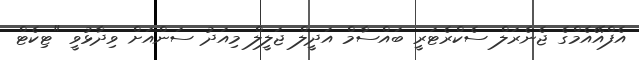
އެފްއޭއެމްގެ ޖެނެރަލް ސެކްރެޓަރީ ބައްސާމް އަދީލް ޖަލީލް މިއަދު ސަންއަށް ވިދާޅުވީ "ޓިކެޓް